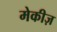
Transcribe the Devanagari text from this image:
मेकीज़